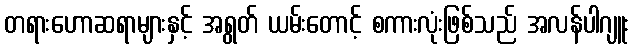
တရားဟောဆရာများနှင့် အရွတ် ယမ်းတောင့် စကားလုံးဖြစ်သည် အလန်ပါဂျူး